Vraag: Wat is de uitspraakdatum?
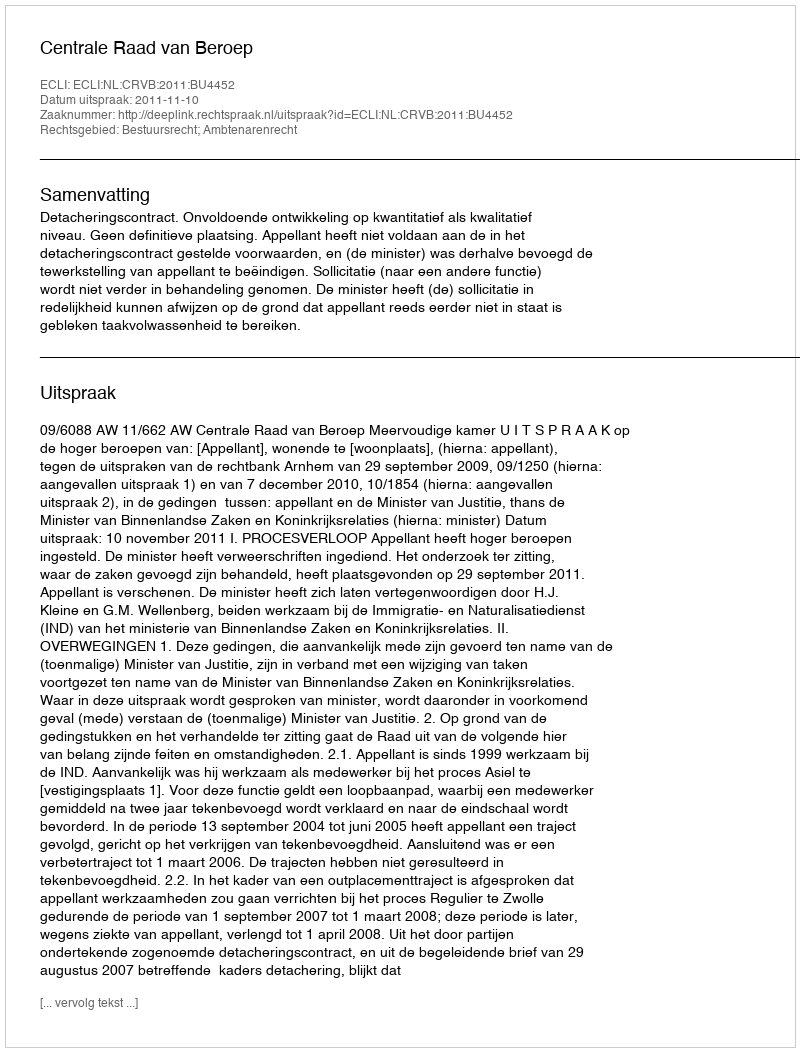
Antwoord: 2011-11-10